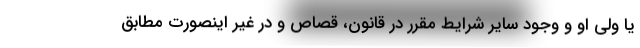
یا ولی او و وجود سایر شرایط مقرر در قانون، قصاص و در غیر اینصورت مطابق